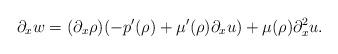
LaTeX: \begin{align*}\partial_x w &= (\partial_x \rho) (-p'(\rho) +\mu'(\rho) \partial_x u) + \mu(\rho) \partial_x^2 u.\end{align*}